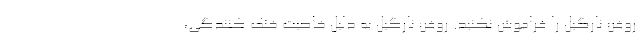
روغن نارگیل را فراموش نکنید. روغن نارگیل به دلیل خاصیت خنک کنندگی،